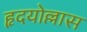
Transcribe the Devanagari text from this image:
हृदयोल्लास